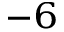
^ { - 6 }